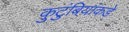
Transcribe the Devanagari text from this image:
कुटुंबियांकडे